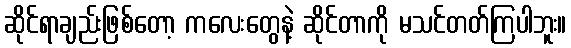
ဆိုင်ရာချည်းဖြစ်တော့ ကလေးတွေနဲ့ ဆိုင်တာကို မသင်တတ်ကြပါဘူး။